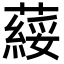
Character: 䕑